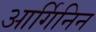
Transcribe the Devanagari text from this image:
आर्गिनिन